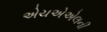
એચએએલની